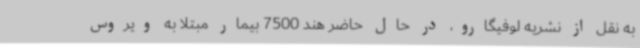
به نقل از نشریه لوفیگارو، در حال حاضر هند 7500 بیمار مبتلا به ویروس